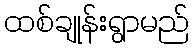
ထစ်ချုန်းရွာမည်